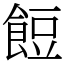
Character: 餖